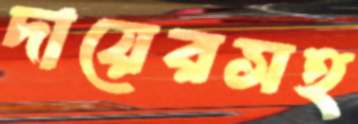
দায়েরসহ